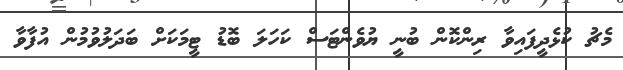
މެޗު ކުޅެދީފައިވާ ރިންކޮން ބުނީ ޔުވެންޓަސް ކަހަލަ ބޮޑު ޓީމަކަށް ބަދަލުވުމުން އުފާވާ